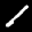
Label: 1